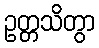
ဥတ္တသိတွာ